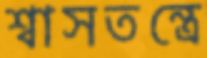
শ্বাসতন্ত্রে